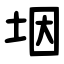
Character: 㘻